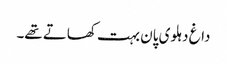
داغ دہلوی پان بہت کھاتے تھے۔